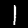
Digit: 1